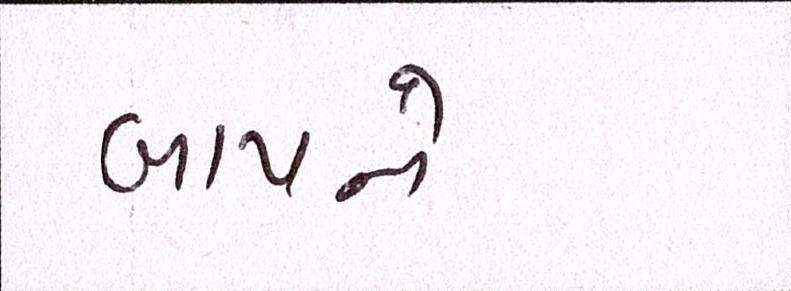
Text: બાપને